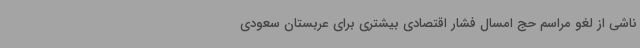
ناشی از لغو مراسم حج امسال فشار اقتصادی بیشتری برای عربستان سعودی